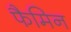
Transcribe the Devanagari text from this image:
फैमिन